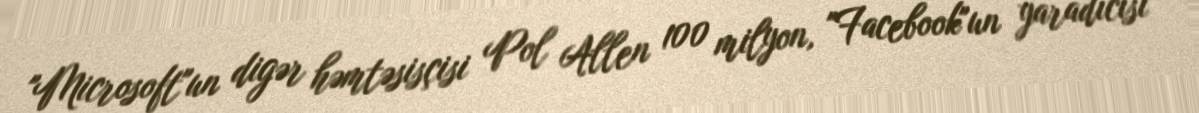
"Microsoft"un digər həmtəsisçisi Pol Allen 100 milyon, "Facebook"un yaradıcısı